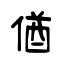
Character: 偤